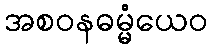
အစဝနဓမ္မံယေဝ